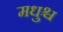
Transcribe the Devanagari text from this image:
मधुश्च